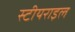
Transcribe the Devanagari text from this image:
स्टीयराइल